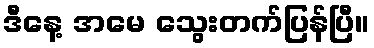
ဒီနေ့ အမေ သွေးတက်ပြန်ပြီ။